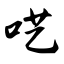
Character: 呓